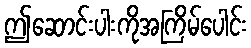
ဤဆောင်းပါးကိုအကြိမ်ပေါင်း